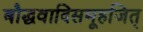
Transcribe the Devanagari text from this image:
बौद्धवादिसमूहजित्